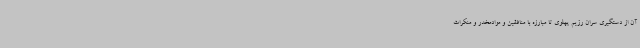
آن از دستگیری سران رژیم پهلوی تا مبارزه با منافقین و موادمخدر و منکرات